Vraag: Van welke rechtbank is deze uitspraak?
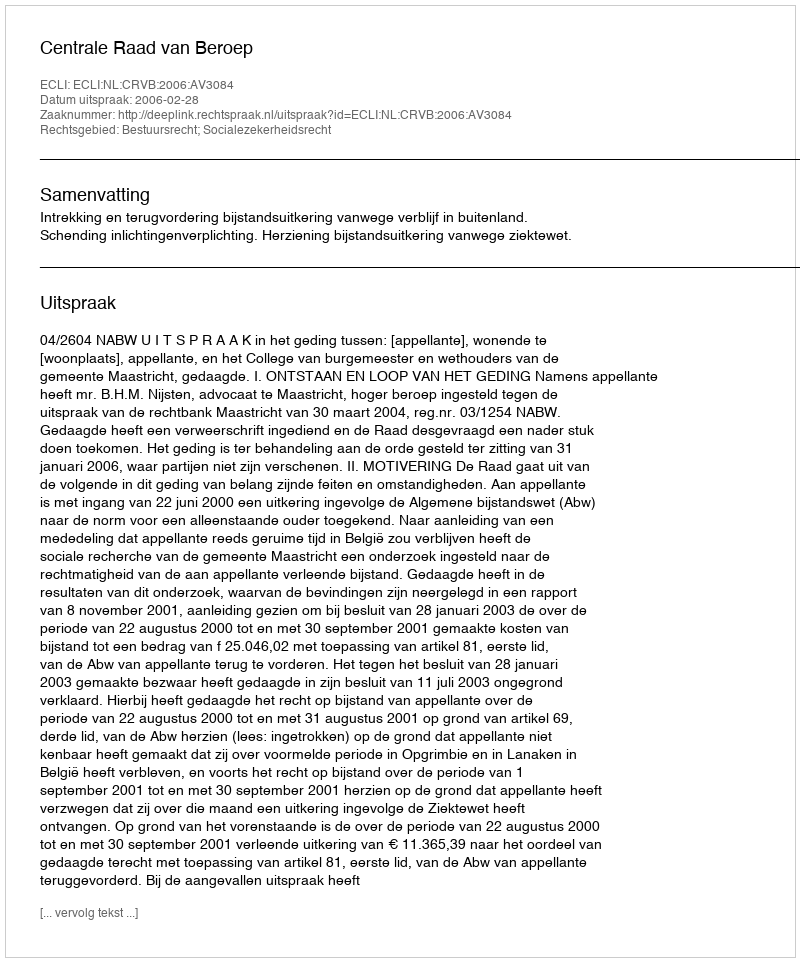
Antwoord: Centrale Raad van Beroep